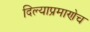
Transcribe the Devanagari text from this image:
दिल्याप्रमाणेच